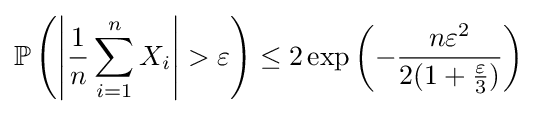
\mathbb {P} \left(\left|{\frac {1}{n}}\sum _{i=1}^{n}X_{i}\right|>\varepsilon \right)\leq 2\exp \left(-{\frac {n\varepsilon ^{2}}{2(1+{\frac {\varepsilon }{3}})}}\right)